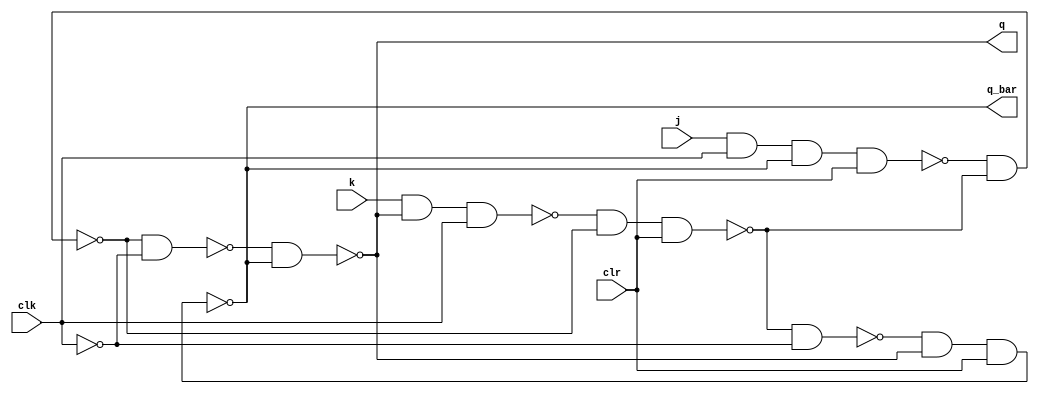
//0,8,12,14,15,7,3,1,0 ......

module master_jk(q, q_bar, j, k, clk, clr);
  output q, q_bar;
  input j, k, clk, clr;
  wire a, b, c, d, e,f, clk_bar;

  
 
  nand(a, j, clk,q_bar,clr);
  nand(b, k,q,clk);
  nand(c, a, d);
  nand(d, b, c, clr);

  not(clk_bar, clk);

  nand(e, c, clk_bar);
  nand(f, d, clk_bar);
  nand(q, e, q_bar);
  nand(q_bar, f, q, clr);
endmodule

module sequential_counter(q,q_bar,clk,clr);
output [3:0] q,q_bar;
input clk,clr;

master_jk jk1(q[0],q_bar[0],q[1],q_bar[1],clk,clr);
master_jk jk2(q[1],q_bar[1],q[2],q_bar[2],clk,clr);
master_jk jk3(q[2],q_bar[2],q[3],q_bar[3],clk,clr);
master_jk jk4(q[3],q_bar[3],q_bar[0],q[0],clk,clr);

endmodule